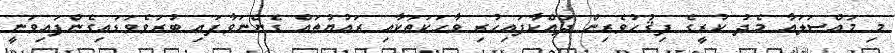
މި މައްސަލައާ މެދު ކުރީގެ ފިޤުހުވެރިން ދައްކާފައިހުރި ވާހަކަތަކާއި ރައުޔުތައް ގެންނަވާފައި ބުރަވެވަޑައިގެންފައިވަނީ